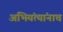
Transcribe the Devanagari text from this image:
अभियंत्यांनाच